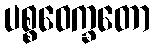
ပစ္စဝေက္ခတော